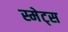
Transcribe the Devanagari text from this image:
स्मेट्स